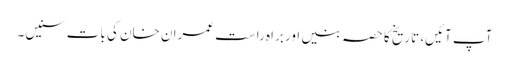
آپ آئیں، تاریخ کا حصہ بنیں اور براہِ راست عمران خان کی بات سنیں۔